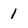
Character: 1